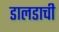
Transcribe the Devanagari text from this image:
डालडाची